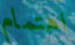
اهتمام